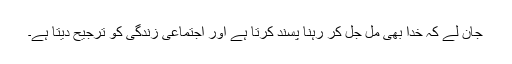
جان لے کہ خدا بھی مل جل کر رہنا پسند کرتا ہے اور اجتماعی زندگی کو ترجیح دیتا ہے۔